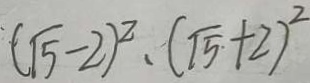
( \sqrt { 5 } - 2 ) ^ { 2 } \cdot ( \sqrt { 5 } + 2 ) ^ { 2 }